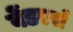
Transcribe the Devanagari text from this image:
वेंडरर्स